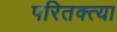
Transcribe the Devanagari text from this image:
परितक्त्या